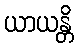
ယာယန္တိ